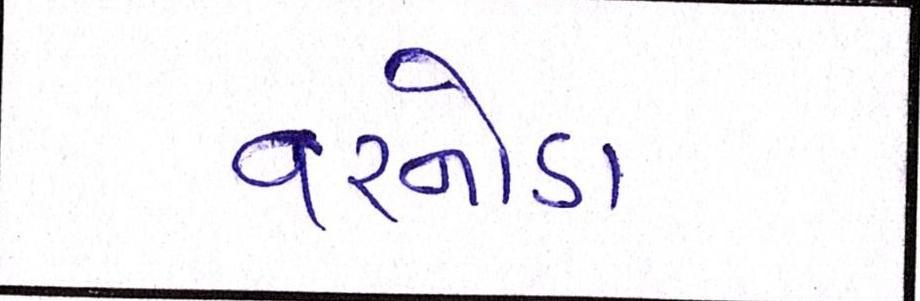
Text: વરનોડા